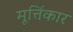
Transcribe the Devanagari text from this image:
मूर्त्तिकार